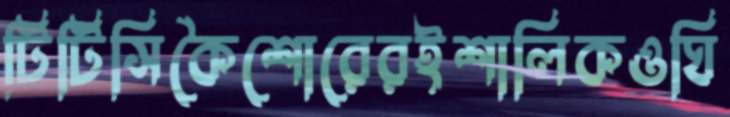
টিটিসিকৈশোরেরইশালিকওঘি